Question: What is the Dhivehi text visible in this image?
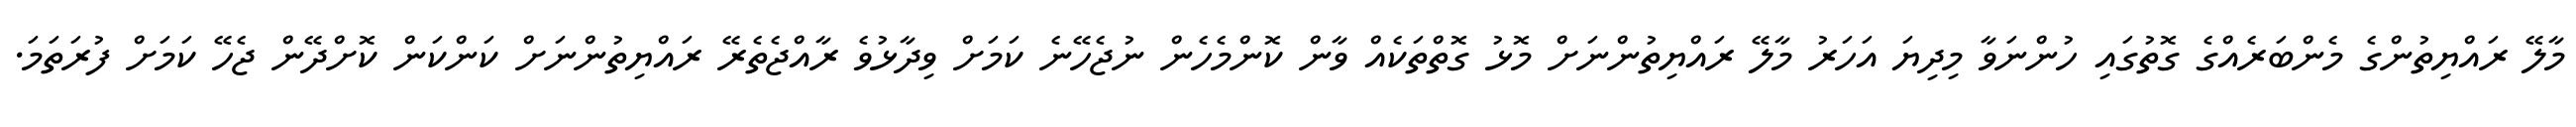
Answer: މާލޭ ރައްޔިތުންގެ މެންބަރެއްގެ ގޮތުގައި ހުންނަވާ މިދިޔަ އަހަރު މާލޭ ރައްޔިތުންނަށް މޮޅު ގޮތްތަކެއް ވާން ކޮންމެހެން ނުޖެހޭނެ ކަމަށް ވިދާޅުވެ ރާއްޖެތެރޭ ރައްޔިތުންނަށް ކަންކަން ކޮށްދޭން ޖެހޭ ކަމަށް ފުރަތަމަ.